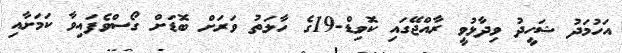
އަހުމަދު ޝަހީދު ވިދާޅުވީ ރާއްޖޭގައި ކޮވިޑް-19ގެ ހާލަތު ވަރަށް ބޮޑަށް ގޯސްވެފައިވާ ކަމަށާއި